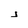
Character: j